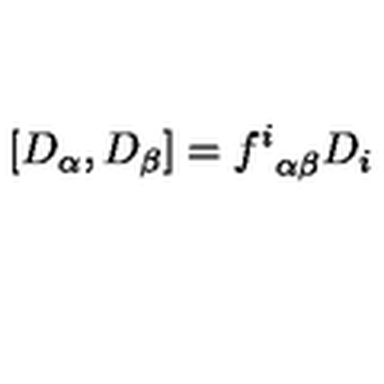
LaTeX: [ D _ { \alpha } , D _ { \beta } ] = { f ^ { i } } _ { \alpha \beta } D _ { i }